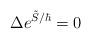
LaTeX: \begin{align*}\Delta e^{\tilde{S}/\hbar} = 0\end{align*}